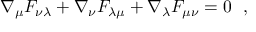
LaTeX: \nabla _ { \mu } F _ { \nu \lambda } + \nabla _ { \nu } F _ { \lambda \mu } + \nabla _ { \lambda } F _ { \mu \nu } = 0 ~ ~ ,